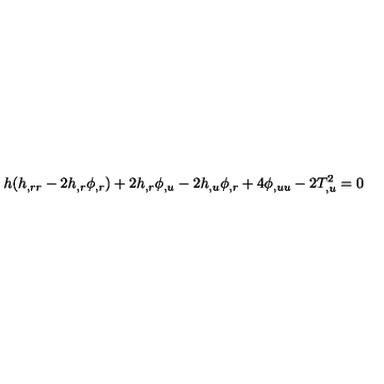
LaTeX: h ( h _ { , r r } - 2 h _ { , r } \phi _ { , r } ) + 2 h _ { , r } \phi _ { , u } - 2 h _ { , u } \phi _ { , r } + 4 \phi _ { , u u } - 2 T _ { , u } ^ { 2 } = 0